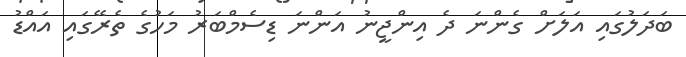
ބަދަލުގައި އަލަށް ގެންނަ ދެ އިންޖީނު އަންނަ ޑިސެމްބަރު މަހުގެ ތެރޭގައި އައްޑު